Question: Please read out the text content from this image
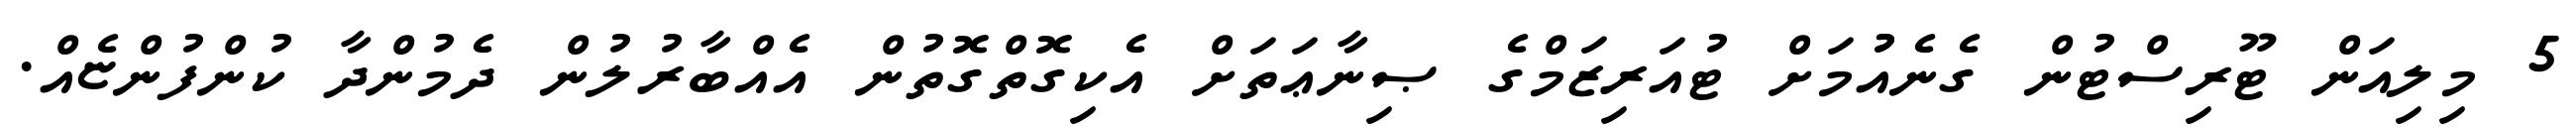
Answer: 5 މިލިއަން ޓޫރިސްޓުން ގެނެއުުމަށް ޓުއަރިޒަމްގެ ޞިނާޢަތަށް އެކިގޮތްގޮތުން އެއްބާރުލުން ދެމުންދާ ކުންފުންޏެއް.